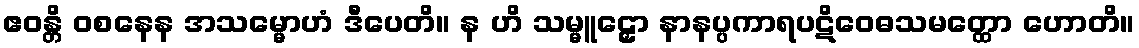
ဧဝန္တိ ဝစနေန အသမ္မောဟံ ဒီပေတိ။ န ဟိ သမ္မူဠှော နာနပ္ပကာရပဋိဝေဓသမတ္ထော ဟောတိ။